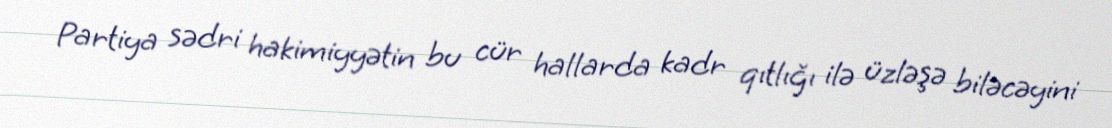
Partiya sədri hakimiyyətin bu cür hallarda kadr qıtlığı ilə üzləşə biləcəyini